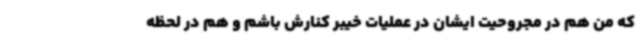
که من هم در مجروحیت ایشان در عملیات خیبر کنارش باشم و هم در لحظه